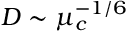
D \sim \mu _ { c } ^ { - 1 / 6 }